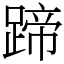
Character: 蹄